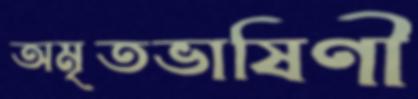
অমৃতভাষিণী